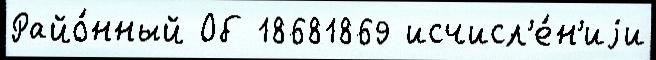
Райо́нный Об 18681869 исчисл'е́н'иjи